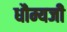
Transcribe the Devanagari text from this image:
धौम्यजी